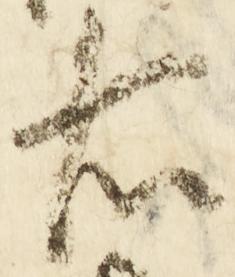
右